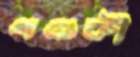
গণ্ডকী